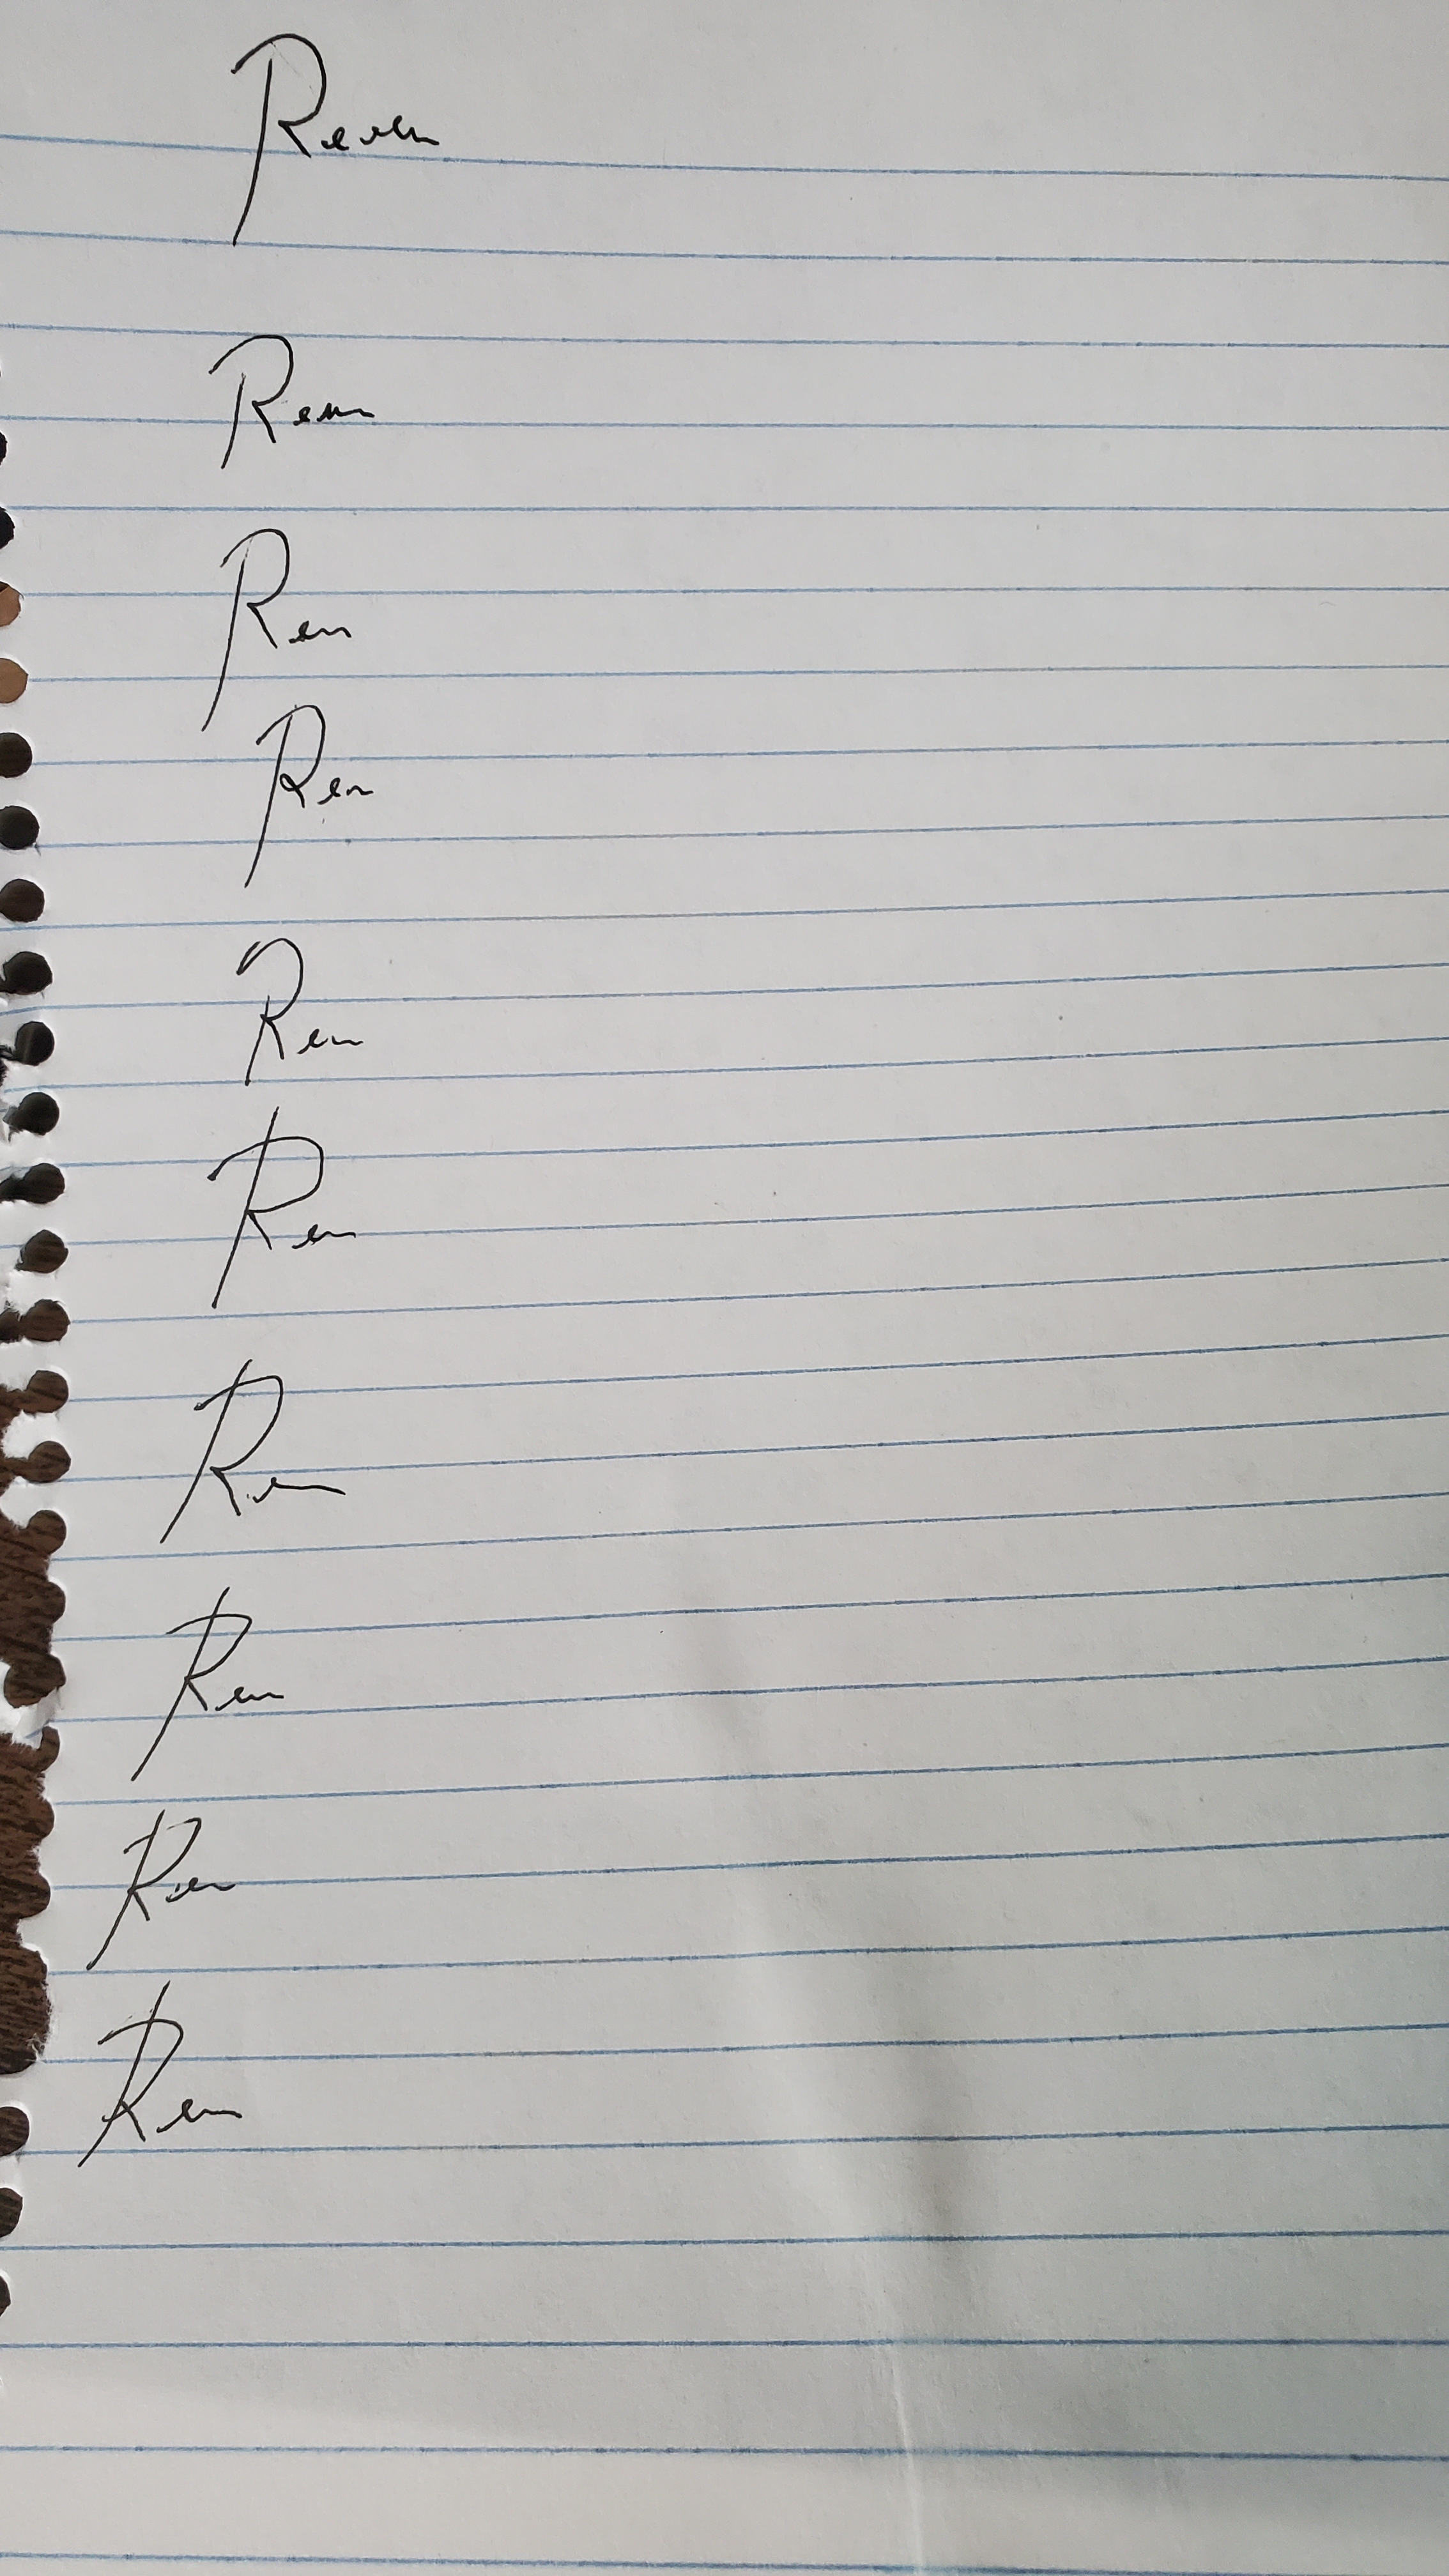
Signature authenticity: forged